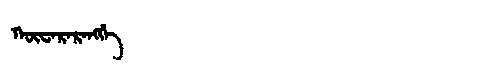
Manchu: ᡴᡡᠸᠠᡵᠠᡵᠠᠩᡤᡝ
Romanization: KŪWARARANGGE